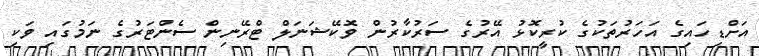
އަށްޑިހައިގެ އަހަރުތަކުގެ ކުރީކޮޅު އޭރުގެ ސަރުކާރުން ވޮކޭޝަނަލް ޓްރޭނިން ސެންޓަރުގެ ނަމުގައި ވަކި